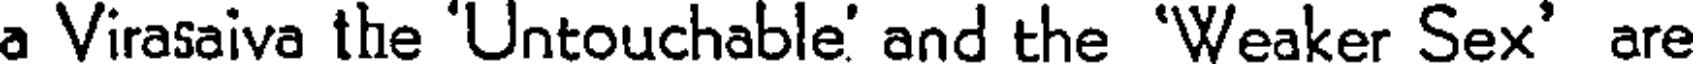
a Virasaiva the 'Untouchable' and the 'Weaker Sex' are